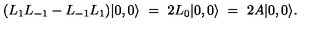
( L _ { 1 } L _ { - 1 } - L _ { - 1 } L _ { 1 } ) | 0 , 0 \rangle \ = \ 2 L _ { 0 } | 0 , 0 \rangle \ = \ 2 A | 0 , 0 \rangle .